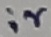
Text: ir